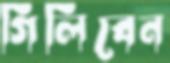
গিলিবেন